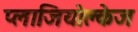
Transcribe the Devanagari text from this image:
प्लाजियोक्लेज